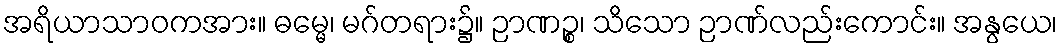
အရိယာသာဝကအား။ ဓမ္မေ၊ မဂ်တရား၌။ ဉာဏဉ္စ၊ သိသော ဉာဏ်လည်းကောင်း။ အနွယေ၊